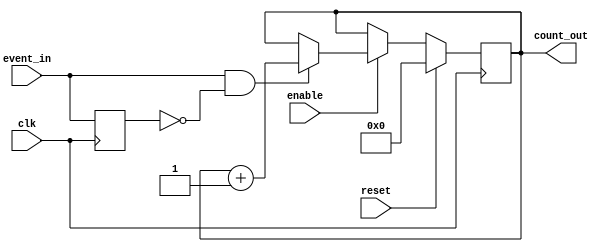
module event_triggered_counter (
    input wire clk,           // Clock signal
    input wire reset,         // Active high reset signal
    input wire enable,        // Active high enable signal
    input wire event_in,      // Event input signal
    output reg [7:0] count_out // Count output (8-bit wide)
);

    // Internal signal for detecting rising edge of event_in
    reg event_in_prev;

    // Synchronous process
    always @(posedge clk) begin
        // Check for reset
        if (reset) begin
            count_out <= 8'b0; // Reset count to zero
        end else if (enable) begin
            // Detect rising edge of event_in
            if (event_in && !event_in_prev) begin
                count_out <= count_out + 1; // Increment count
            end
        end
        // Update previous event_in state
        event_in_prev <= event_in;
    end

endmodule